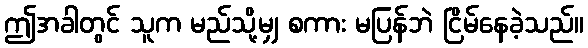
ဤအခါတွင် သူက မည်သို့မျှ စကား မပြန်ဘဲ ငြိမ်နေခဲ့သည်။